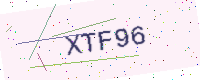
Text: XTF96